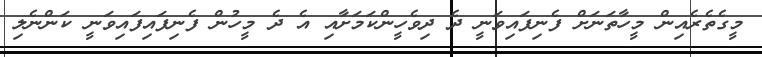
މީގެތެރެއިން މީހާތަނަށް ފެނިފައިވަނީ ދެ ދިވެހީންކަމަށާއި އެ ދެ މީހުން ފެނިފައިފައިވަނީ ކަންނެލި